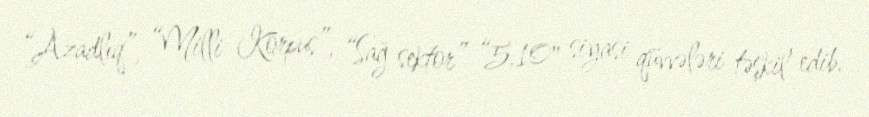
“Azadlıq”, “Milli Korpus”, “Sağ sektor” “5.10" siyasi qüvvələri təşkil edib.